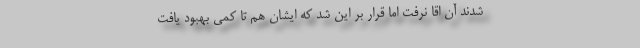
شدند آن اقا نرفت اما قرار بر این شد که ایشان هم تا کمی بهبود یافت